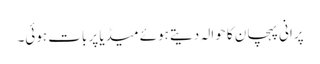
پرانی پہچان کا حوالہ دیتے ہوئے میڈیا پر بات ہوئی۔